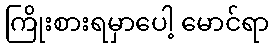
ကြိုးစားရမှာပေါ့ မောင်ရာ